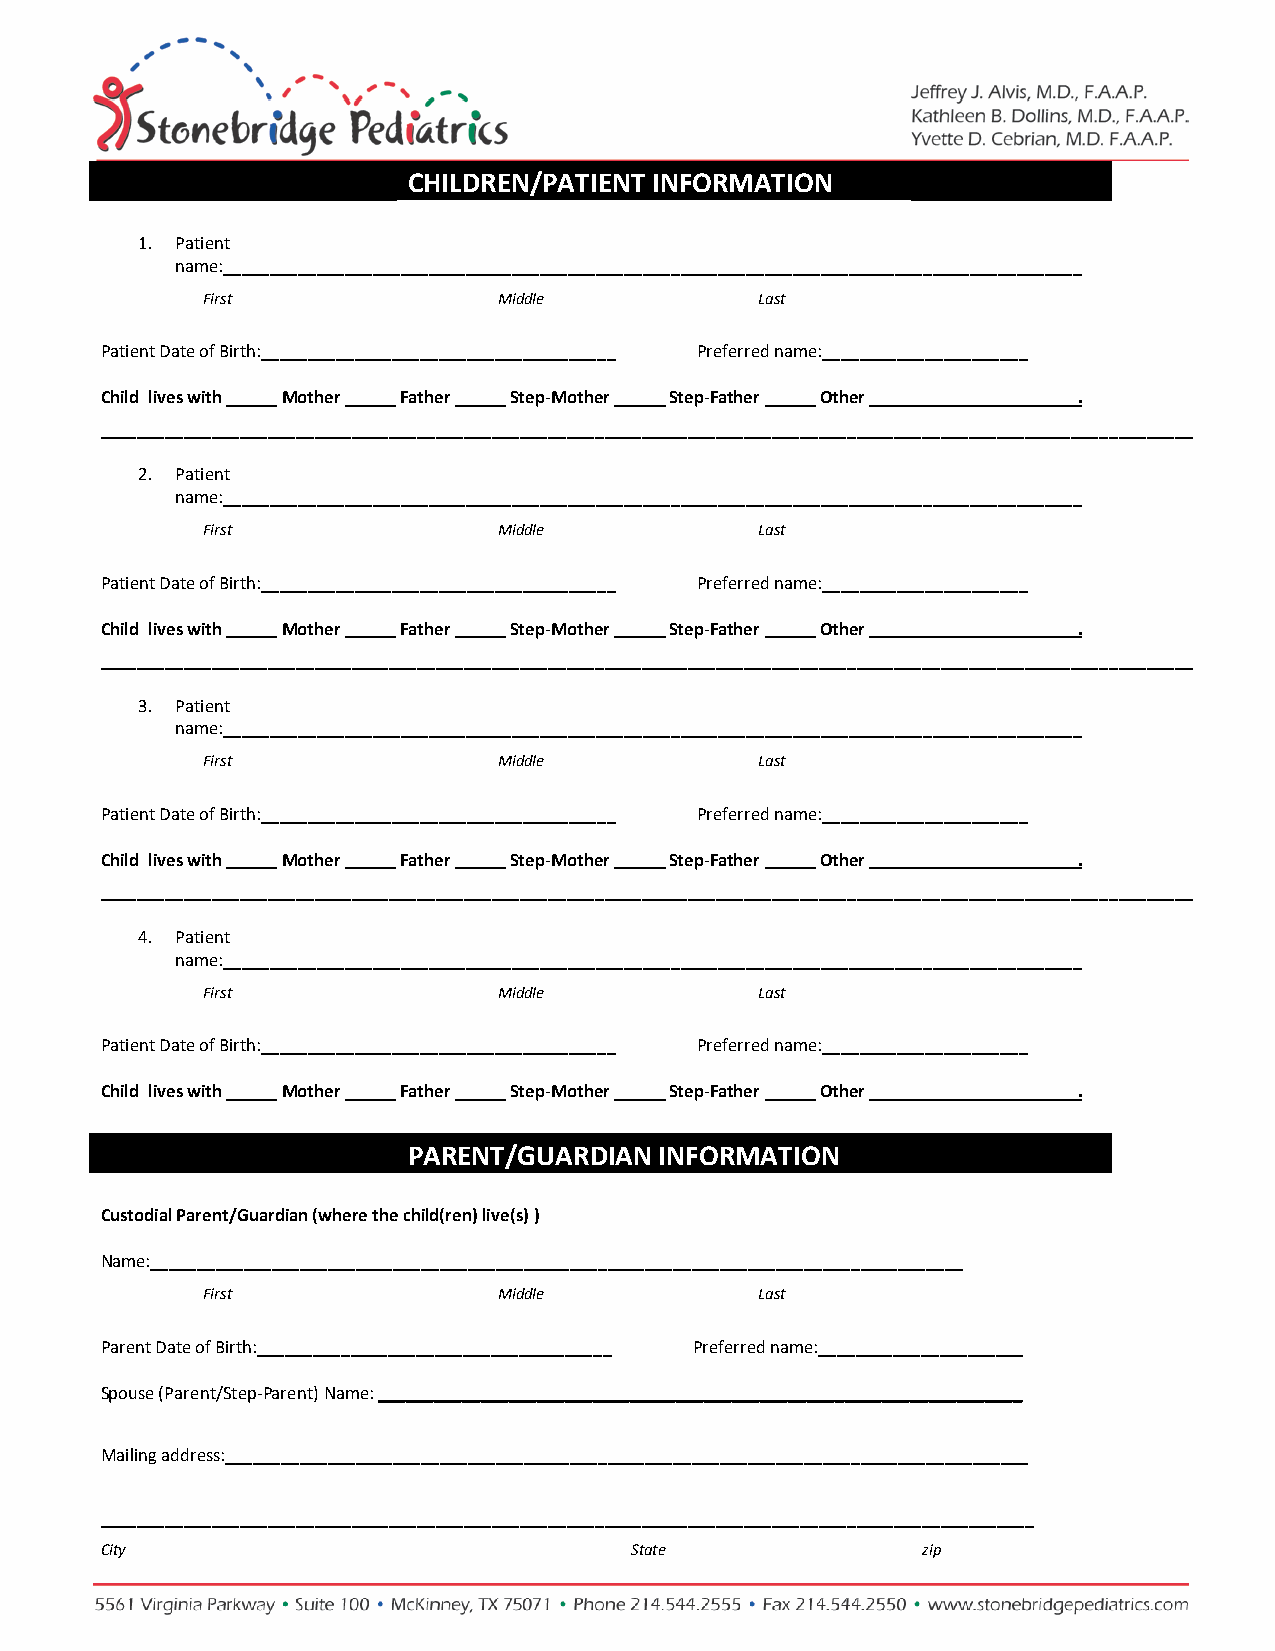
CHILDREN/PATIENT INFORMATION
 1. Pati ent
 name:____________________________________________________________________________________________
 First               Middle           Last
 Patient Date o f Birth:_____ ___________ __________ ___________ _ Preferre d name:___________ ___________
 Child lives with Mother Father Step-Mother Step-Father Other    .
 _____________________________________________________________________________________________________________________
 2. Patient
 name:____________________________________________________________________________________________
 First               Middle           Last
 Patient Date o f Birth:_____ ___________ __________ ___________ _ Preferre d name:___________ ___________
 Child lives with Mother Father Step-Mother Step-Father Other    .
 _____________________________________________________________________________________________________________________
 3. Patient
 name:____________________________________________________________________________________________
 First               Middle           Last
 Patient Date o f Birth:_____ ___________ __________ ___________ _ Preferre d name:___________ ___________
 Child lives with Mother Father Step-Mother Step-Father Other    .
 _____________________________________________________________________________________________________________________
 4. Patient
 name:____________________________________________________________________________________________
 First               Middle           Last
 Patient Date o f Birth:_____ ___________ __________ ___________ _ Preferre d name:___________ ___________
 Child lives with Mother Father Step-Mother Step-Father Other    .
 PARENT/GUARDIAN  INFORMATION
 Custodial Pare nt/Guardian (where the c hild(ren) liv e(s) )
 Name:_______________________________________________________________________________________
 First               Middle           Last
 Parent Date o f Birth:______ ___________ _________ ____________ Preferred name:____________ __________
 Spouse (Parent/Step-Parent) Name: _____________________________________________________________________
 Mailing address:______________________________________________________________________________________
 ____________________________________________________________________________________________________
 City                               State              zip